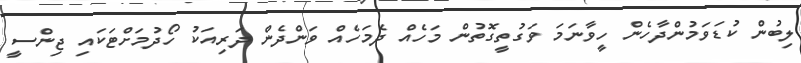
ލިބުން ކުޑަވަމުންދާހެން ހީވާނަމަ ވަގުތީގޮތުން މަހެއް ދެމަހެއް ވަންދެން ދަރިއަކު ހޯދުމަށްޓަކައި ޖިންސީ